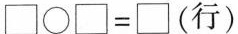
$$\Box \bigcirc \Box = \Box$$ (行)